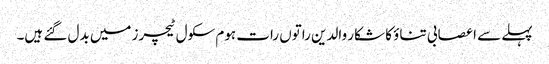
پہلے سے اعصابی تناؤ کا شکار والدین راتوں رات ہوم سکول ٹیچرز میں بدل گئے ہیں۔